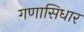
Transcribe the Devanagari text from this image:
गणासिधार